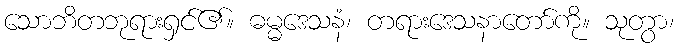
သောဘိတဘုရားရှင်၏။ ဓမ္မဒေသနံ၊ တရားဒေသနာတော်ကို။ သုတွာ၊